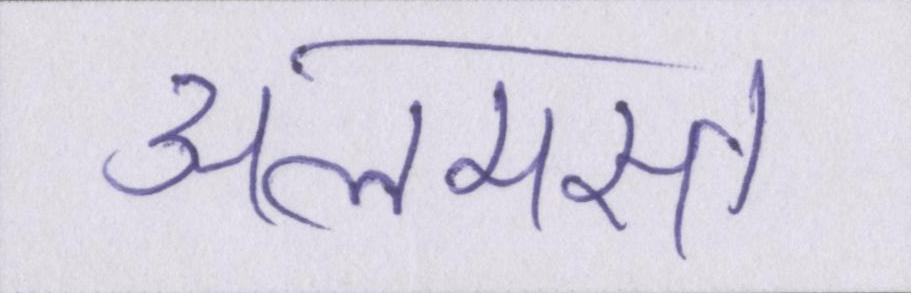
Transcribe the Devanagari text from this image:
अलमस्त